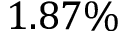
1 . 8 7 \%